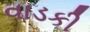
વાડકી